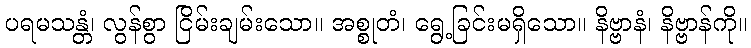
ပရမသန္တံ၊ လွန်စွာ ငြိမ်းချမ်းသော။ အစ္စုတံ၊ ရွေ့ခြင်းမရှိသော။ နိဗ္ဗာနံ၊ နိဗ္ဗာန်ကို။